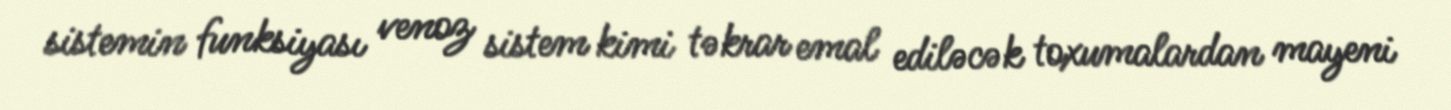
sistemin funksiyası venoz sistem kimi təkrar emal ediləcək toxumalardan mayeni